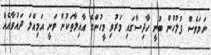
ނަމަވެސް ފުލުހުން ބުނީ ހާދިސާގައި މަރުވި މީހުންގެ އާއިލާތަކުން ވަނީ އަމިއްލަ ދައުވާއެއް